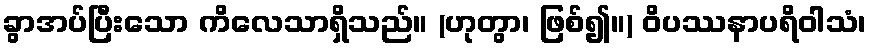
ခွာအပ်ပြီးသော ကိလေသာရှိသည်။ (ဟုတွာ၊ ဖြစ်၍။) ဝိပဿနာပရိဝါသံ၊